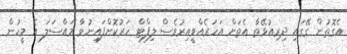
އެގޮތުން ގޭގައި ދިރިއުޅޭތާ އެތަށް އަހަރެއްވީއިރުވެސް ލިފްޓް ހަރުކޮށްފައިނުވާ މައްސަލަ އެ މީހުން